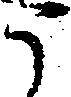
う